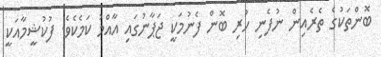
ބޮންތަކުގެ ތެރެއިން ނުފެނި ހުރި ބޮން ފެނުމަކީ ޖަޕާނުގައި އާއްމު ކަމެކެވެ. ފުކުޝީމާއަކީ